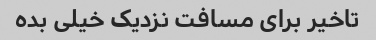
تاخیر برای مسافت نزدیک خیلی بده